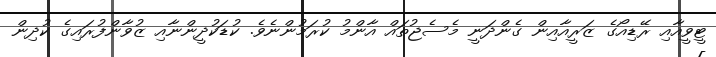
ޓީވީއާއި ރޭޑިއޯގެ ޒަރީއާއިން ގެންދަނީ މެސެޖުތައް އާންމު ކުރަމުންނެވެ. ކުޑަކުދީންނާއި ޒުވާންފުރައިގެ ކުދިން